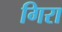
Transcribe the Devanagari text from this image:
गिरा